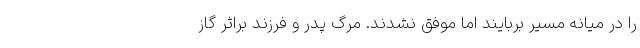
را در میانه مسیر بربایند اما موفق نشدند. مرگ پدر و فرزند براثر گاز